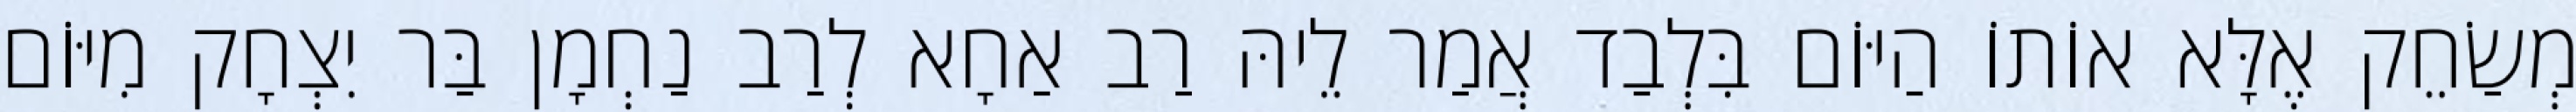
מְשַׂחֵק אֶלָּא אוֹתוֹ הַיּוֹם בִּלְבַד אֲמַר לֵיהּ רַב אַחָא לְרַב נַחְמָן בַּר יִצְחָק מִיּוֹם